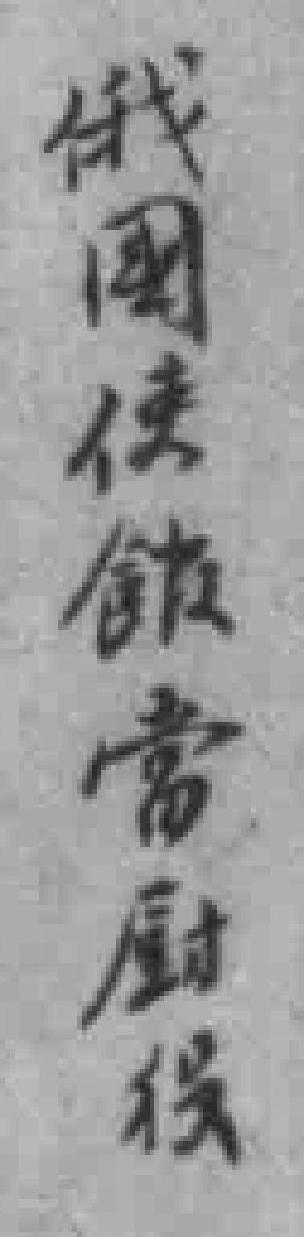
俄國使館當厨役